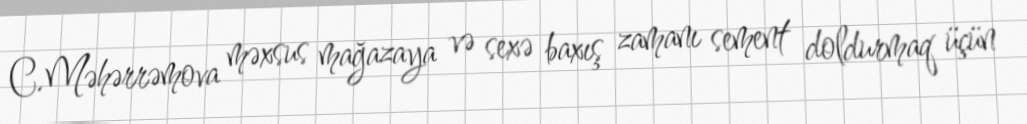
C.Məhərrəmova məxsus mağazaya və sexə baxış zamanı sement doldurmaq üçün